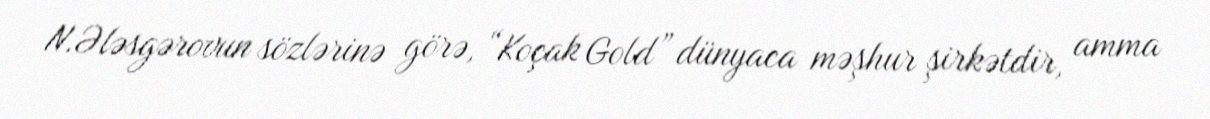
N.Ələsgərovun sözlərinə görə, “Koçak Gold” dünyaca məşhur şirkətdir, amma